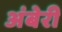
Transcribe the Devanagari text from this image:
अंबेरी